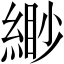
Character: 緲